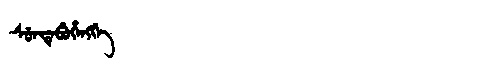
Manchu: ᠰᡠᠨᡨᡝᠪᡠᡥᡝᠩᡤᡝ
Romanization: SUNTEBUHENGGE